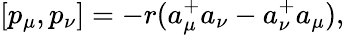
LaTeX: [p_{\mu},p_{\nu}]=-r(a_{\mu}^{+}a_{\nu}-a_{\nu}^{+}a_{\mu}),